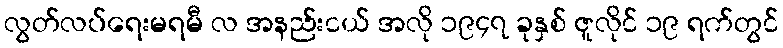
လွတ်လပ်ရေးမရမီ လ အနည်းငယ် အလို ၁၉၄၇ ခုနှစ် ဇူလိုင် ၁၉ ရက်တွင်